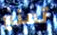
تمنع